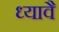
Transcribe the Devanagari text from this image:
ध्यावै